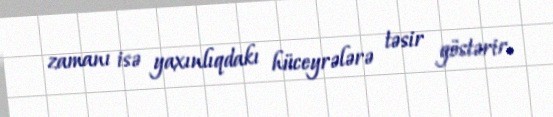
zamanı isə yaxınlıqdakı hüceyrələrə təsir göstərir.